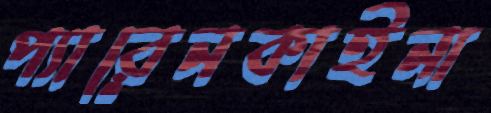
প্যারেনকাইনা